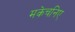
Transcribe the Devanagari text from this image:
मकेचनिए